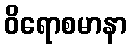
ဝိရောစမာနာ